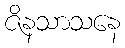
ဇိနသာသနေ